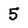
Character: 5